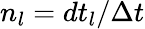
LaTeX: n_{l}=dt_{l}/\Delta t